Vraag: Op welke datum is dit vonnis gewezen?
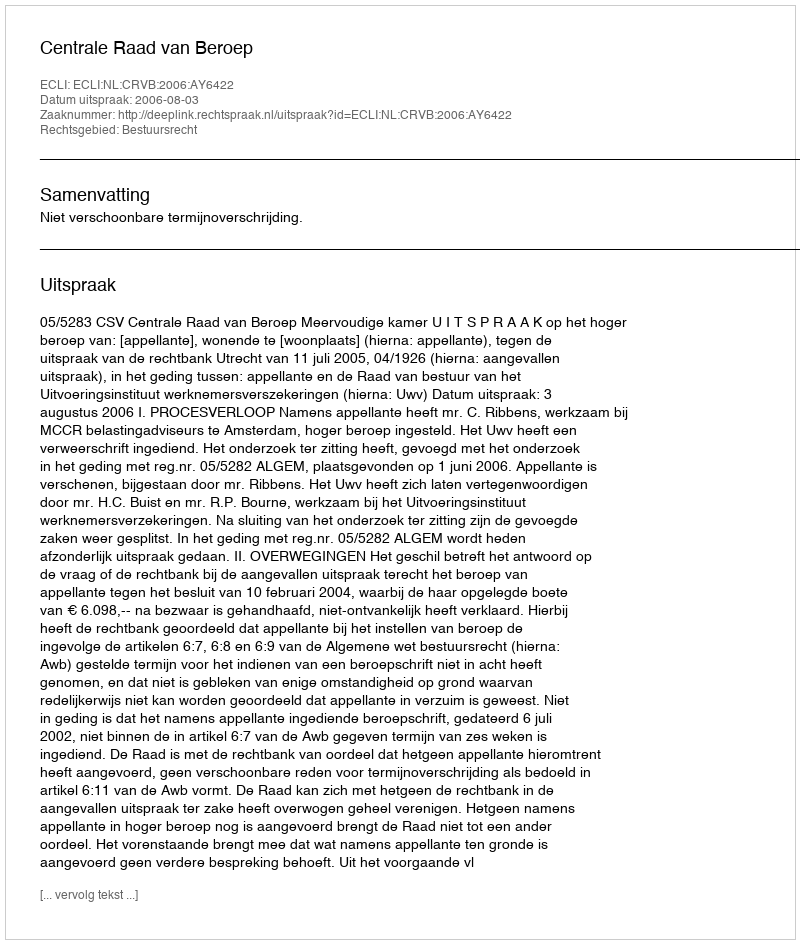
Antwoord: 2006-08-03